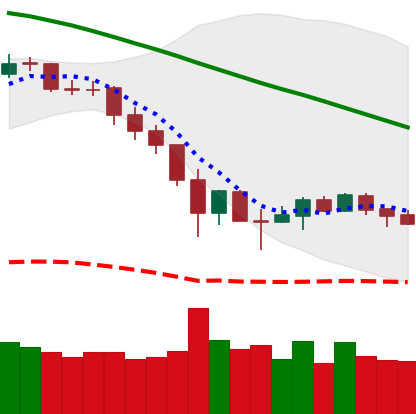
Ticker: BNB-USD
Chart end date: 2019-12-02
Forward return: 3.128%
Label: up_3_5